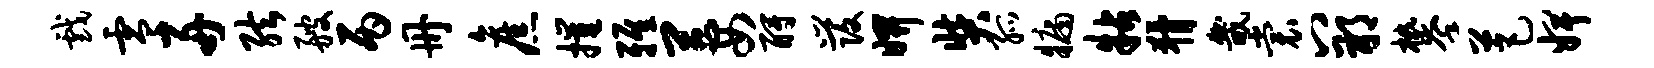
戏零舟弦艘丙册旧摧雅萋酹发妍奘孤牖粘猾畿裳八朔攀芭婢